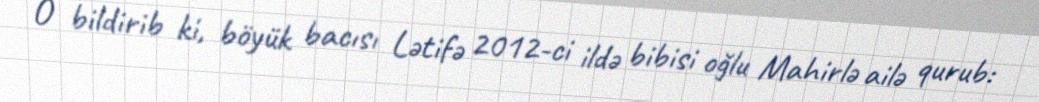
O bildirib ki, böyük bacısı Lətifə 2012-ci ildə bibisi oğlu Mahirlə ailə qurub: